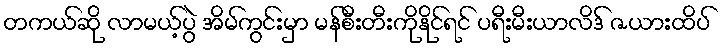
တကယ်ဆို လာမယ့်ပွဲ အိမ်ကွင်းမှာ မန်စီးတီးကိုနိုင်ရင် ပရီးမီးယာလိဒ် ဇယားထိပ်